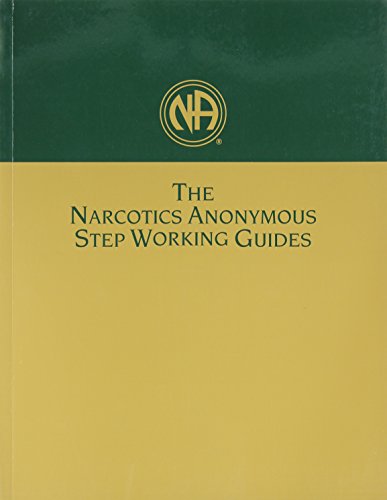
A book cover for Narcotics Anonymous Step Working Guides; Narcotics Anon; Health, Fitness & Dieting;